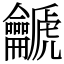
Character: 䶵